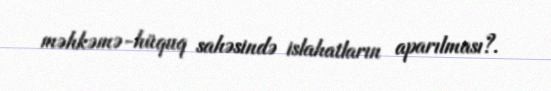
məhkəmə-hüquq sahəsində islahatların aparılması?.